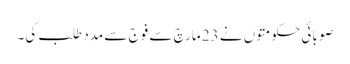
صوبائی حکومتوں نے 23 مارچ سے فوج سے مدد طلب کی۔